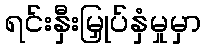
ရင်းနှီးမြှုပ်နှံမှုမှာ